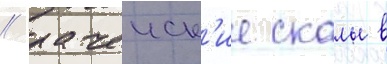
/ рачеиск'ие скалы в